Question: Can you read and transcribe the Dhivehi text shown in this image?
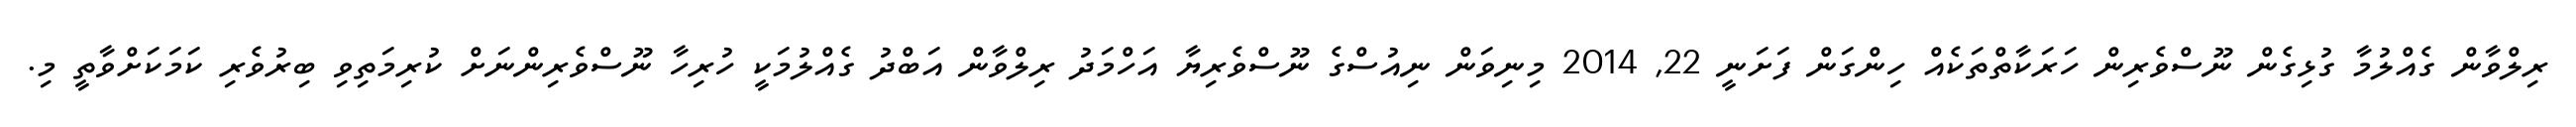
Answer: ރިލްވާން ގެއްލުމާ ގުޅިގެން ނޫސްވެރިން ހަރަކާތްތަކެއް ހިންގަން ފަށަނީ 22, 2014 މިނިވަން ނިއުސްގެ ނޫސްވެރިޔާ އަހްމަދު ރިލްވާން އަބްދު ގެއްލުމަކީ ހުރިހާ ނޫސްވެރިންނަށް ކުރިމަތިވި ބިރުވެރި ކަމަކަށްވާތީ މި.